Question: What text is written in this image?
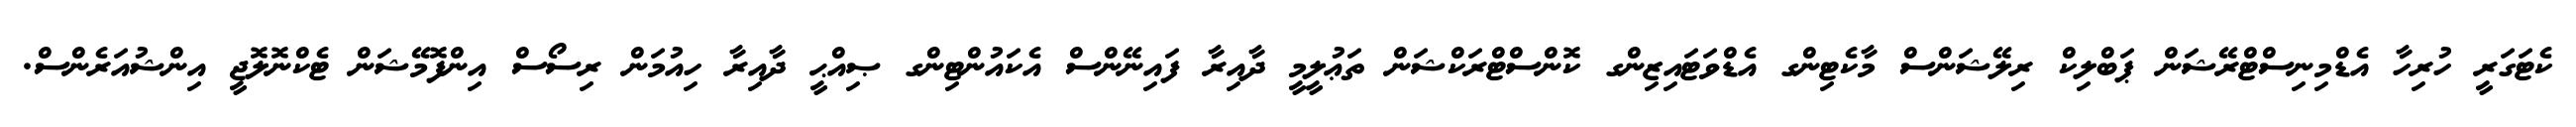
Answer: ކެޓަގަރީ ހުރިހާ އެޑްމިނިސްޓްރޭޝަން ޕަބްލިކް ރިލޭޝަންސް މާކެޓިންގ އެޑްވަޓައިޒިންގ ކޮންސްޓްރަކްޝަން ތަޢުލީމީ ދާއިރާ ފައިނޭންސް އެކައުންޓިންގ ޞިއްޙީ ދާއިރާ ހިއުމަން ރިސޯސް އިންފޮމޭޝަން ޓެކްނޮލޮޖީ އިންޝުއަރެންސް.